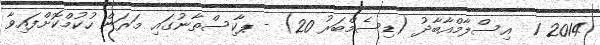
2014 1  އިސްލާމްއާބާދު (ޑިސެމްބަރު 20) - ޕާކިސްތާނުގައި މަރަން ހުކުމްކޮށްފައިވާ